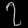
Digit: ၇